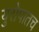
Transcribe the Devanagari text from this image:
युरोपातच